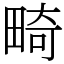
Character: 畸